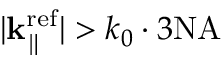
| { \bf k } _ { \parallel } ^ { \mathrm { r e f } } | > k _ { 0 } \cdot 3 \mathrm { N A }